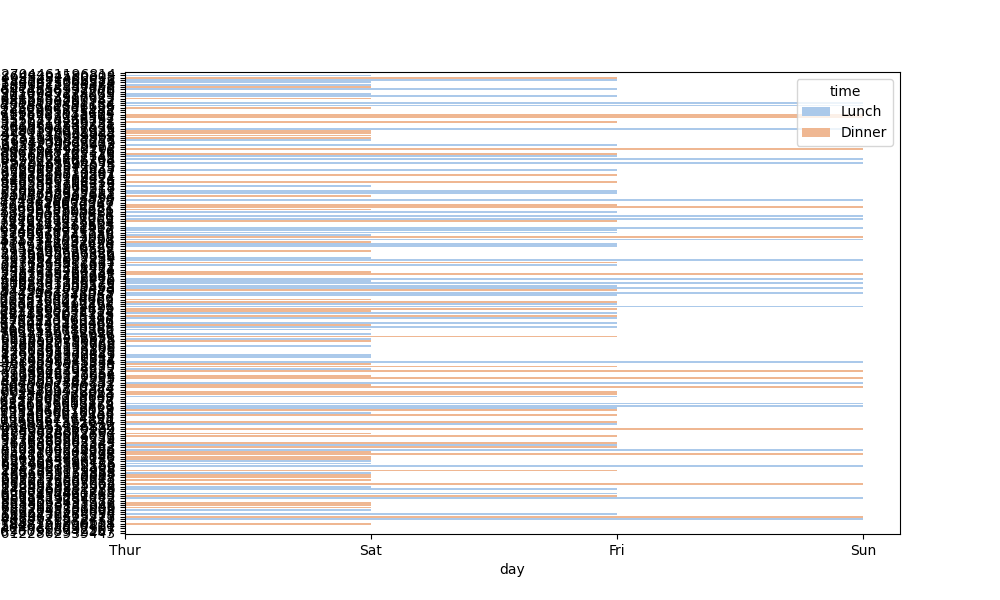
python, seaborn, barplot, hue='time', palette='pastel', ci=None, orient='h'